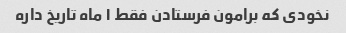
نخودی که برامون فرستادن فقط ۱ ماه تاریخ داره